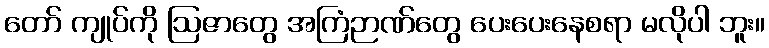
တော် ကျုပ်ကို ဩဇာတွေ အကြံဉာဏ်တွေ ပေးပေးနေစရာ မလိုပါ ဘူး။